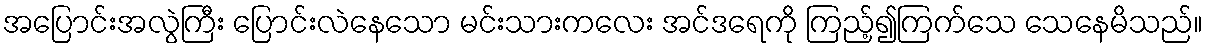
အပြောင်းအလွဲကြီး ပြောင်းလဲနေသော မင်းသားကလေး အင်ဒရေကို ကြည့်၍ကြက်သေ သေနေမိသည်။